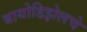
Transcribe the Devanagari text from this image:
बायोडिझेलचे